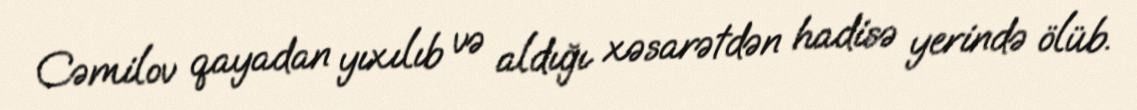
Cəmilov qayadan yıxılıb və aldığı xəsarətdən hadisə yerində ölüb.